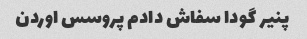
پنیر گودا سفاش دادم پروسس اوردن